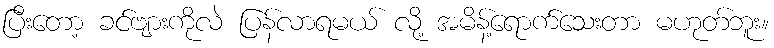
ပြီးတော့ ခင်ဗျားကိုလဲ ပြန်လာရမယ် လို့ အမိန့်ရောက်သေးတာ မဟုတ်ဘူး။